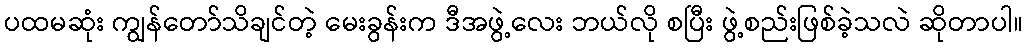
ပထမဆုံး ကျွန်တော်သိချင်တဲ့ မေးခွန်းက ဒီအဖွဲ့လေး ဘယ်လို စပြီး ဖွဲ့စည်းဖြစ်ခဲ့သလဲ ဆိုတာပါ။